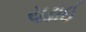
ચઢાઈ